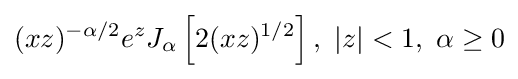
(xz)^{-\alpha /2}e^{z}J_{\alpha }\left[2(xz)^{1/2}\right],\ |z|<1,\ \alpha \geq 0